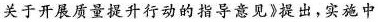
关于开展质量提升行动的指导意见》提出，实施中